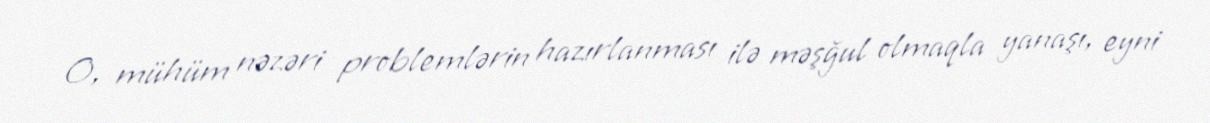
O, mühüm nəzəri problemlərin hazırlanması ilə məşğul olmaqla yanaşı, eyni